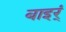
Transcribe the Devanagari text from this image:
बाइर्ं